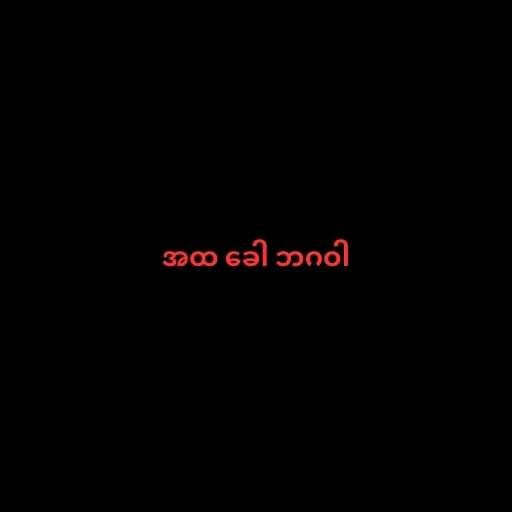
အထ ခေါ ဘဂဝါ